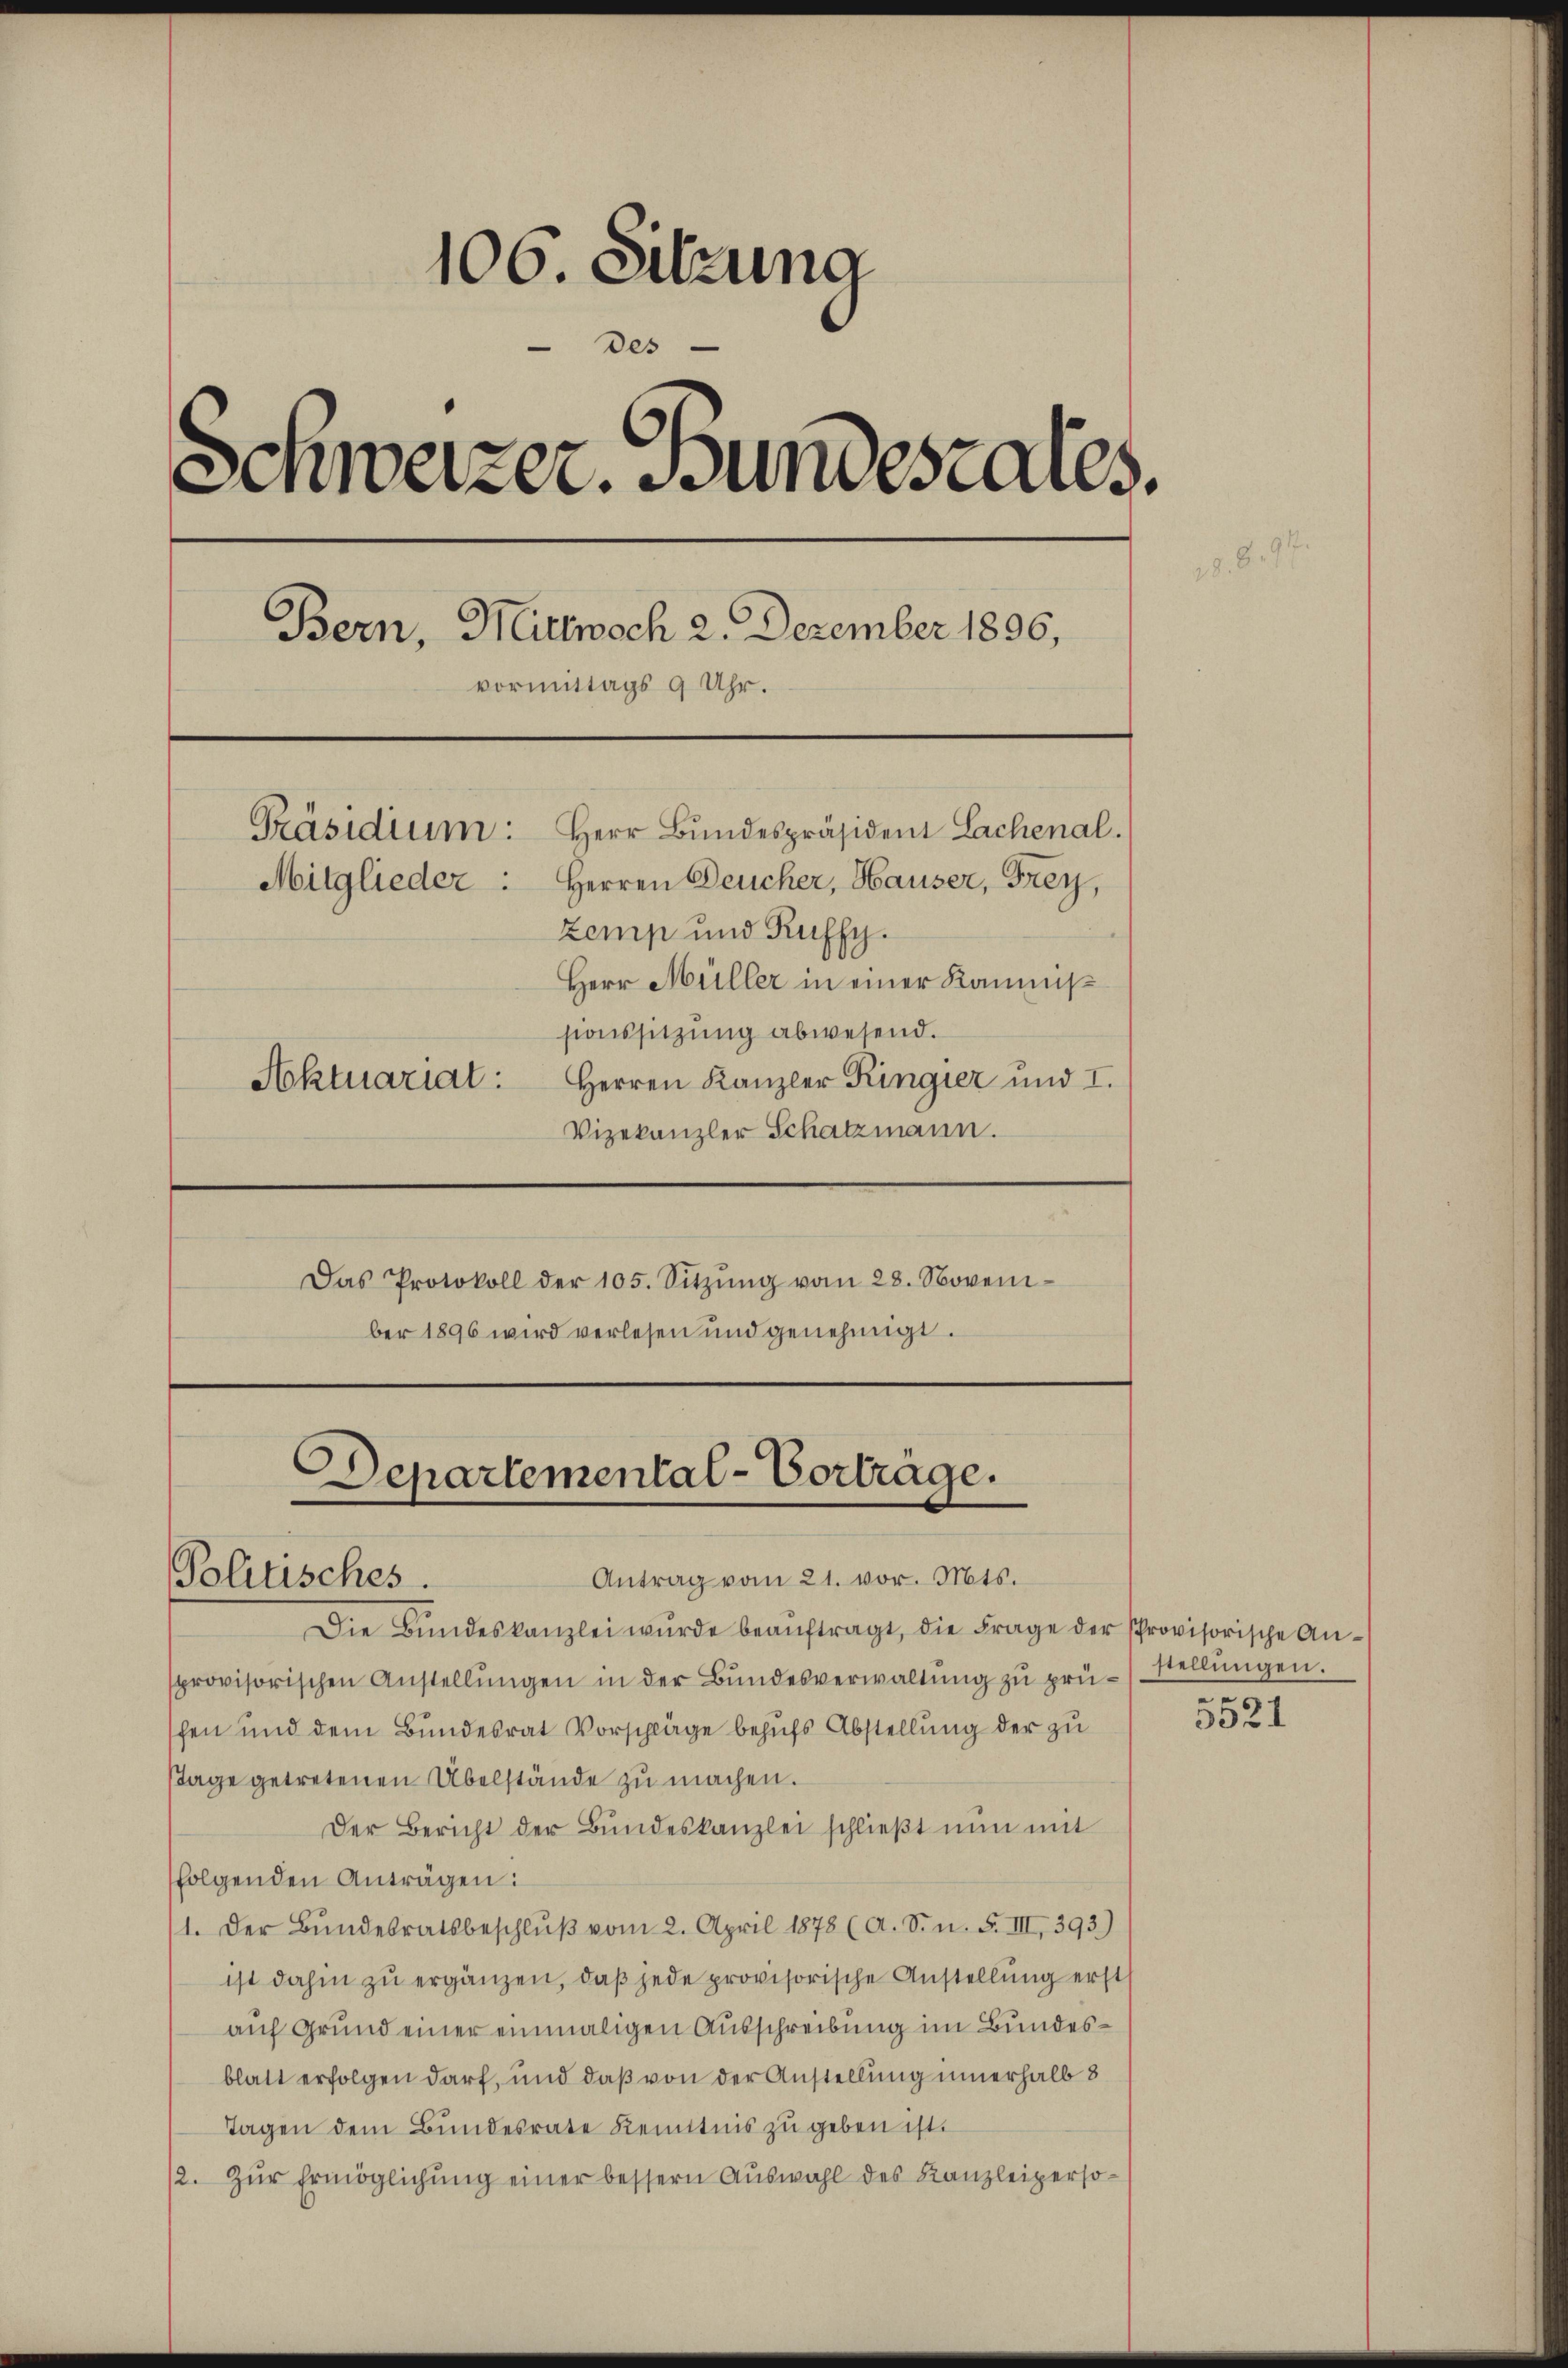
106. Setzung
des
Schweizer. Bundesares.
18.8. 91
Bern, Mittwoch 2. Dezember 1896,
vormittags 9 Uhr.
Präsidium: Herr Bŭndespräsident Lachenal.
Mitglieder: Herren Deucher, Hauser, Frey,
zemp und Ruffy.
Herr Müller in einer Kommissionssitzung abwesend.
Aktuariat: Herren Kanzler Ringier und I.
Vizekanzler Schatzmann.
Das Protokoll der 105. Sitzŭng vom 28. Novem-

ber 1896 wird verlesen und genehmigt.

Departemental-Vorträge.
Antrag vom 21. vor. Mts.
Politisches.

Die Bŭndeskanzlei wurde beaŭftragt, die Frage der Provisorische Ansprovisorischen Anstellŭngen in der Bundesverwaltung zu prüschen und dem Bundesrat Vorschläge behufs Abstellung der zu
Tage getretenen Übelstände zu machen.
Der Bericht der Bŭndeskanzlei schlieβt nŭn mit
folgenden Anträgen:
1. Der Bŭndesratsbeschlŭβ vom 2. April 1878 (A. S. n. F. III, 393.)
ist dahin zu ergänzen, daß jede provisorische Anstellung erst
auf Grund einer einmaligen Ausschreibung im Bundesblatt erfolgen darf, und daß von der Anstellung innerhalb 8
Tagen dem Bundesrate Kenntnis zu geben ist.
/2. Zŭr Ermöglichung einer bessern Auswahl des Kanzleiperso¬

stellungen.
e
5521